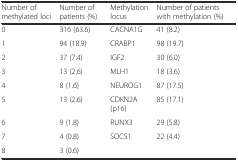
<table><thead><tr><td><b>Number of methylated loci</b></td><td><b>Number of patients (%)</b></td><td><b>Methylation locus</b></td><td><b>Number of patients with methylation (%)</b></td></tr></thead><tbody><tr><td>0</td><td>316 (63.6)</td><td>CACNA1G</td><td>41 (8.2)</td></tr><tr><td>1</td><td>94 (18.9)</td><td>CRABP1</td><td>98 (19.7)</td></tr><tr><td>2</td><td>37 (7.4)</td><td>IGF2</td><td>30 (6.0)</td></tr><tr><td>3</td><td>13 (2.6)</td><td>MLH1</td><td>18 (3.6)</td></tr><tr><td>4</td><td>8 (1.6)</td><td>NEUROG1</td><td>87 (17.5)</td></tr><tr><td>5</td><td>13 (2.6)</td><td>CDKN2A (p16)</td><td>85 (17.1)</td></tr><tr><td>6</td><td>9 (1.8)</td><td>RUNX3</td><td>29 (5.8)</td></tr><tr><td>7</td><td>4 (0.8)</td><td>SOCS1</td><td>22 (4.4)</td></tr><tr><td>8</td><td>3 (0.6)</td><td></td><td></td></tr></tbody></table>